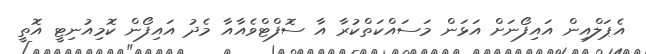
އެޕަލްއިން އައިފޯނަށް އަޅަން މަސައްކަތްކުރާ އާ ސޮފްޓްވެއާއާ މެދު އައިފޯން ކޮމިއުނިޓީ އޮތީ